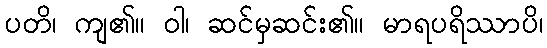
ပတိ၊ ကျ၏။ ဝါ၊ ဆင်မှဆင်း၏။ မာရပရိဿာပိ၊